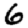
Digit: 6